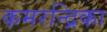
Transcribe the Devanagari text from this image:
कमरन्द्रिका